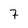
Character: 7